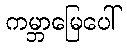
ကမ္ဘာမြေပေါ်